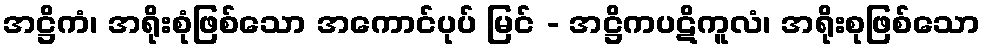
အဋ္ဌိကံ၊ အရိုးစုံဖြစ်သော အကောင်ပုပ် မြင် - အဋ္ဌိကပဋိကူလံ၊ အရိုးစုဖြစ်သော